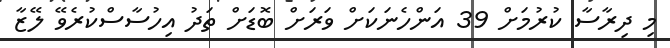
މި ދިރާސާ ކުރުމަށް 39 އަންހެނަކަށް ވަރަށް ބޮޑަށް ތަދު އިހުސާސްކުރެވޭ ލޭޒާ